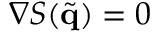
\nabla S ( \tilde { \bf { q } } ) = 0